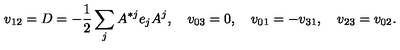
v _ { 1 2 } = D = - { \frac { 1 } { 2 } } \sum _ { j } A ^ { * j } e _ { j } A ^ { j } , \quad v _ { 0 3 } = 0 , \quad v _ { 0 1 } = - v _ { 3 1 } , \quad v _ { 2 3 } = v _ { 0 2 } .